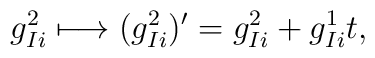
g^2_{Ii} \longmapsto (g^2_{Ii})' = g^2_{Ii} +g_{Ii}^1 t,